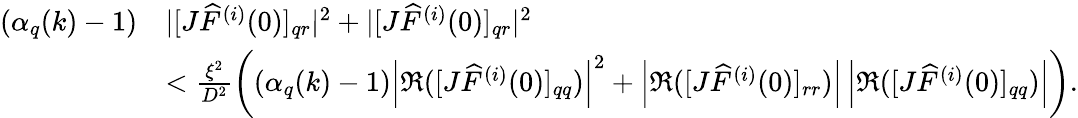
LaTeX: \begin{array}{rl}{(\alpha_{q}(k)-1)}&{|[J\widehat{F}^{(i)}(0)]_{qr}|^{2}+|[J\widehat{F}^{(i)}(0)]_{qr}|^{2}}\\ &{<\frac{\xi^{2}}{D^{2}}\left((\alpha_{q}(k)-1)\left|\Re([J\widehat{F}^{(i)}(0)]_{qq})\right|^{2}+\left|\Re([J\widehat{F}^{(i)}(0)]_{rr})\right|\left|\Re([J\widehat{F}^{(i)}(0)]_{qq})\right|\right).}\end{array}